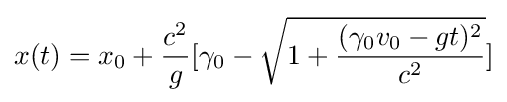
x(t)=x_{0}+{\frac {c^{2}}{g}}[\gamma _{0}-{\sqrt {1+{\frac {(\gamma _{0}v_{0}-gt)^{2}}{c^{2}}}}}]